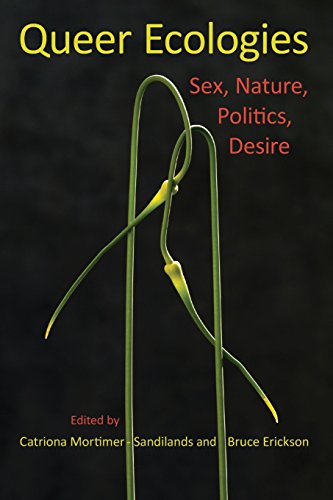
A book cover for Queer Ecologies: Sex, Nature, Politics, Desire; Catriona Mortimer-Sandilands; Gay & Lesbian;